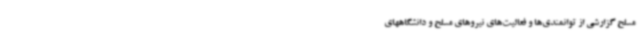
مسلح گزارشی از توانمندی‌ها و فعالیت‌های نیروهای مسلح و دانشگاههای